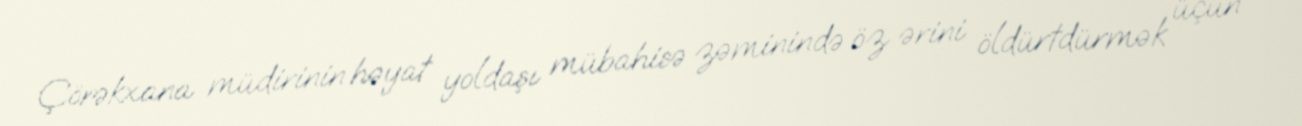
Çörəkxana müdirinin həyat yoldaşı mübahisə zəminində öz ərini öldürtdürmək üçün